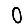
Digit: 0